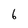
Character: 6